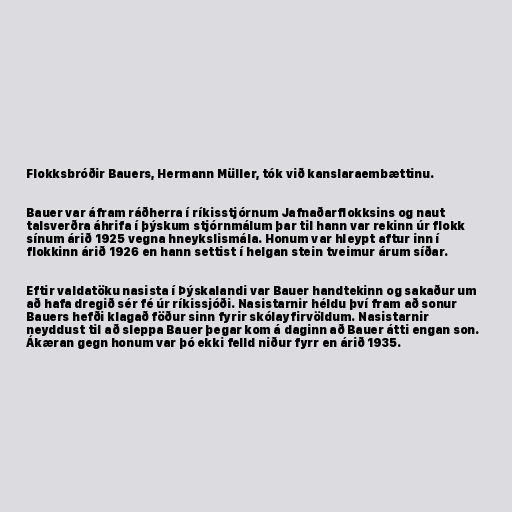
Flokksbróðir Bauers, Hermann Müller, tók við kanslaraembættinu.

Bauer var áfram ráðherra í ríkisstjórnum Jafnaðarflokksins og naut
talsverðra áhrifa í þýskum stjórnmálum þar til hann var rekinn úr flokk
sínum árið 1925 vegna hneykslismála. Honum var hleypt aftur inn í
flokkinn árið 1926 en hann settist í helgan stein tveimur árum síðar.

Eftir valdatöku nasista í Þýskalandi var Bauer handtekinn og sakaður um
að hafa dregið sér fé úr ríkissjóði. Nasistarnir héldu því fram að sonur
Bauers hefði klagað föður sinn fyrir skólayfirvöldum. Nasistarnir
neyddust til að sleppa Bauer þegar kom á daginn að Bauer átti engan son.
Ákæran gegn honum var þó ekki felld niður fyrr en árið 1935.